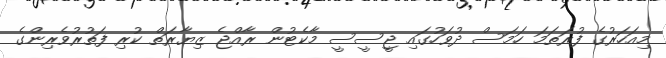
މިއަހަރުގެ ފުރަތަމަ ހަމަސް ދުވަހުގައި ޖީސީސީ މާކެޓުން ރާއްޖެ ޒިޔާރަތް ކުރި ފަތުރުވެރިންގެ